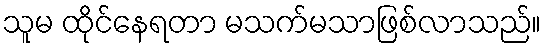
သူမ ထိုင်နေရတာ မသက်မသာဖြစ်လာသည်။